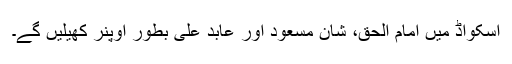
اسکواڈ میں امام الحق، شان مسعود اور عابد علی بطور اوپنر کھیلیں گے۔